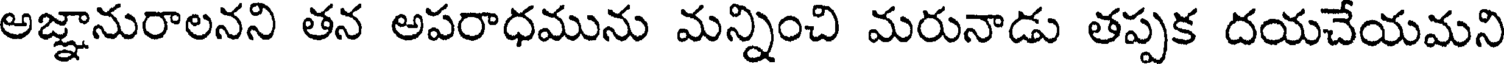
అజ్ఞానురాలనని తన అపరాధమును మన్నించి మరునాడు తప్పక దయచేయమని